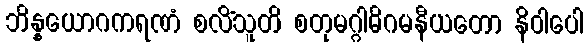
ဘိန္နယောဂကရဏံ စလိံသူတိ စတုမဂ္ဂါဓိဂမနီယတော နိဝါပေါ